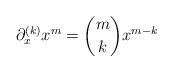
LaTeX: \begin{align*} \partial_x^{(k)}x^m=\binom{m}{k}x^{m-k}\end{align*}